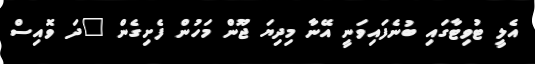
އެލީ ޓުވިޓާގައި ބުނެފައިވަނީ އޭނާ މިދިޔަ ޖޫން މަހުން ފެށިގެން "ދަ ވޮއިސް